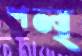
শল্